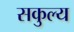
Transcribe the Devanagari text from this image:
सकुल्य